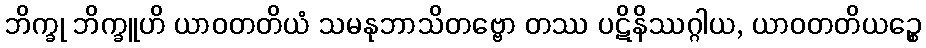
ဘိက္ခု ဘိက္ခူဟိ ယာဝတတိယံ သမနုဘာသိတဗ္ဗော တဿ ပဋိနိဿဂ္ဂါယ, ယာဝတတိယဉ္စေ